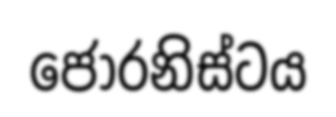
ජොරනිස්ටය